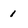
Character: 1